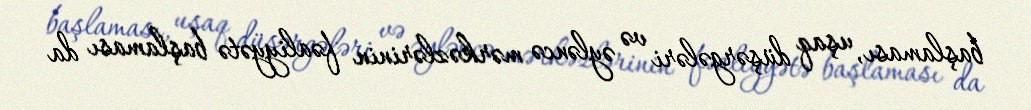
başlaması, uşaq düşərgələri və əyləncə mərkəzlərinin fəaliyyətə başlaması da